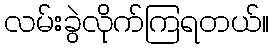
လမ်းခွဲလိုက်ကြရတယ်။